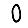
Digit: 0